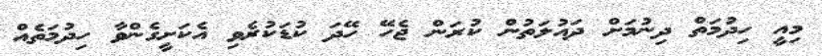
މިއީ ހިދުމަތް ދިނުމަށް ދައުލަތުން ކުރަން ޖެހޭ ހޭދަ ކުޑަކުރެވި އެކަށީގެންވާ ހިދުމަތެއް